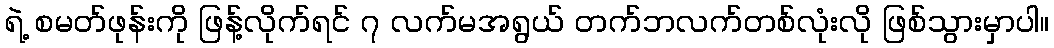
ရဲ့ စမတ်ဖုန်းကို ဖြန့်လိုက်ရင် ၇ လက်မအရွယ် တက်ဘလက်တစ်လုံးလို ဖြစ်သွားမှာပါ။